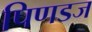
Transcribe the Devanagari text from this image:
पिणडज